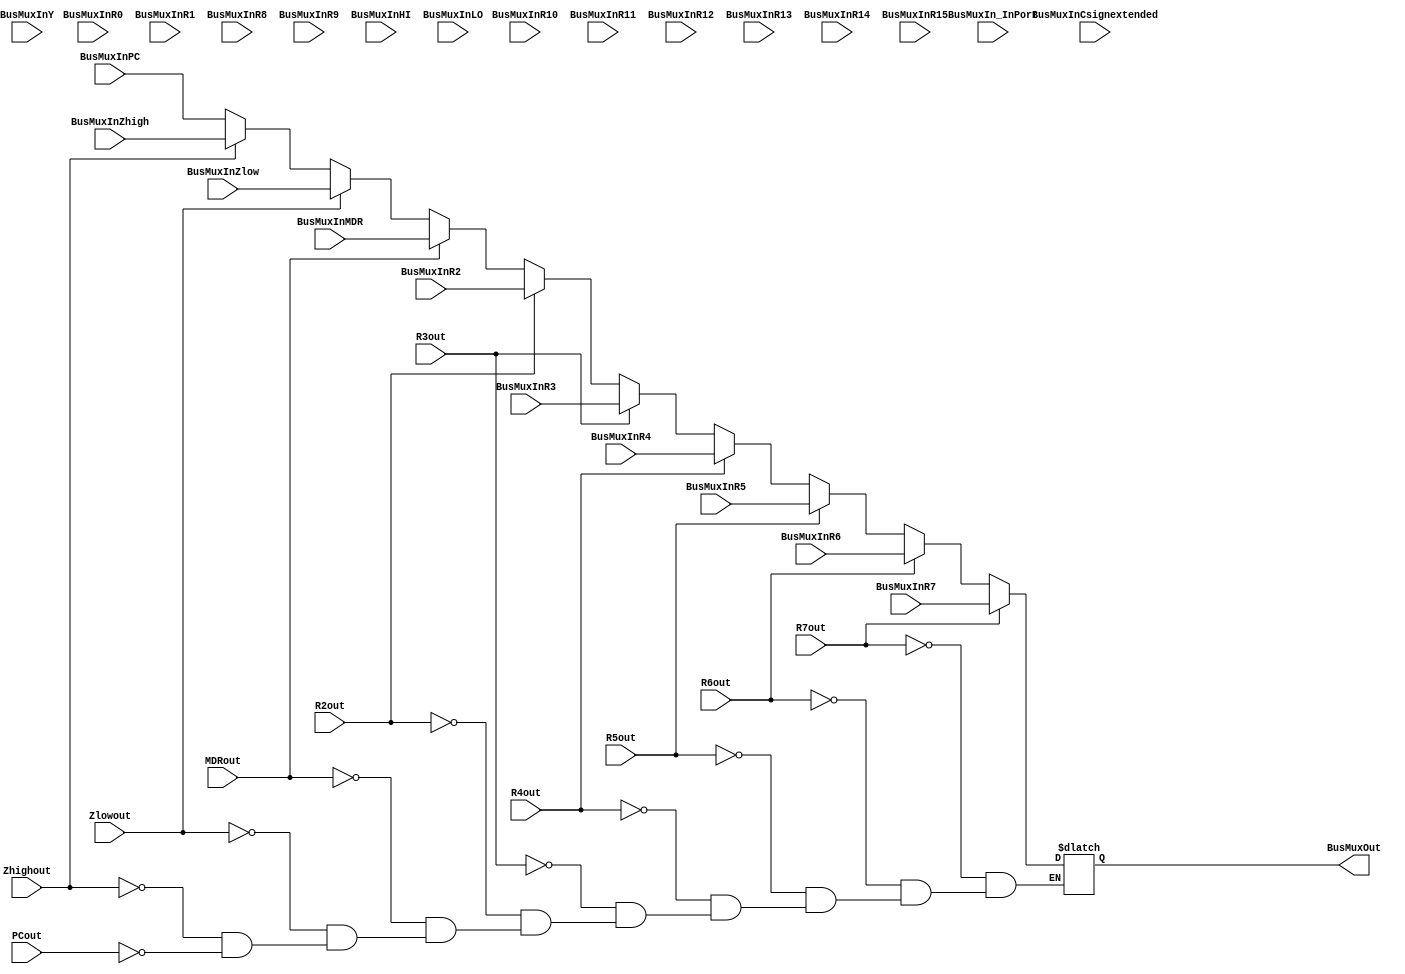
module Bus (
	//Mux
	input wire[31:0] BusMuxInR0, BusMuxInR1, BusMuxInR2, BusMuxInR3, BusMuxInR4, BusMuxInR5, BusMuxInR6, BusMuxInR7, BusMuxInR8, 
	BusMuxInR9, BusMuxInR10, BusMuxInR11, BusMuxInR12, BusMuxInR13, BusMuxInR14, BusMuxInR15, 
	BusMuxInHI, BusMuxInLO, BusMuxInY, BusMuxInZhigh, BusMuxInZlow, BusMuxInPC, BusMuxInMDR, BusMuxIn_InPort, BusMuxInCsignextended,
	//Encoder
	input PCout, Zhighout, Zlowout, MDRout, R2out, R3out, R4out, R5out, R6out, R7out,
	
	output wire [31:0]BusMuxOut
);

reg [31:0]q;

always @ (*) begin
	if(PCout) q = BusMuxInPC;
	if(Zhighout) q = BusMuxInZhigh;
	if(Zlowout) q = BusMuxInZlow;
	if(MDRout) q = BusMuxInMDR;
	if(R2out) q = BusMuxInR2;
	if(R3out) q = BusMuxInR3;
	if(R4out) q = BusMuxInR4;
	if(R5out) q = BusMuxInR5;
	if(R6out) q = BusMuxInR6;
	if(R7out) q = BusMuxInR7;
	
end
assign BusMuxOut = q;
endmodule